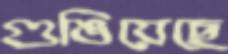
গুঙিয়েছে